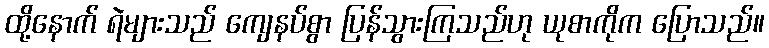
ထို့နောက် ရဲများသည် ကျေနပ်စွာ ပြန်သွားကြသည်ဟု ယုစာကိုက ပြောသည်။